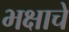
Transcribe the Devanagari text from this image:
भक्षाचे